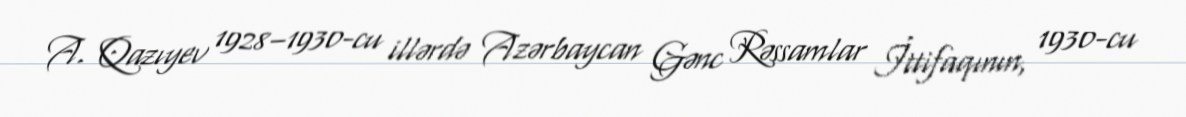
A. Qazıyev 1928–1930-cu illərdə Azərbaycan Gənc Rəssamlar İttifaqının, 1930-cu